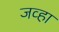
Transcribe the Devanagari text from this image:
जव्हा